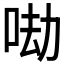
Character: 𠲵